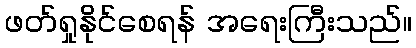
ဖတ်ရှုနိုင်စေရန် အရေးကြီးသည်။